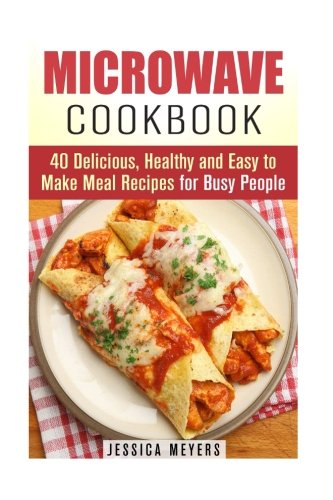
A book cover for Microwave Cookbook: 40 Delicious, Healthy and Easy to Make Meal Recipes for Busy People (Quick and Easy Microwave Meal Recipes); Jessica Meyers; Cookbooks, Food & Wine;